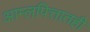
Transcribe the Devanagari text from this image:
आम्लपित्तातही